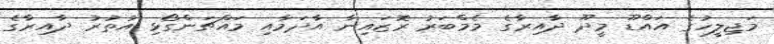
މަޖިލީހުގެ އައްޑޫ މީދޫ ދާއިރާގެ މެމްބަރު ރޮޒައިނާ އާދަމާއި މައްޗަންގޯޅި އުތުރު ދާއިރާގެ